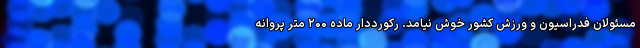
مسئولان فدراسیون و ورزش کشور خوش نیامد. رکورددار ماده ۲۰۰ متر پروانه